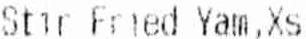
STIR FRIED YAM,XS